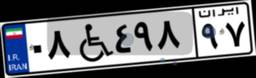
۰۸W۴۹۸۹۷